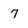
Character: 7